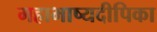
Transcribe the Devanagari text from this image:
महाभाष्यदीपिका